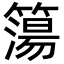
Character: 簜